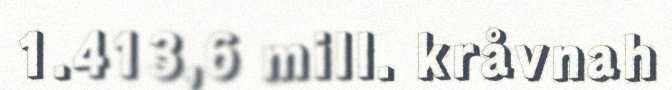
1.413,6 mill. kråvnah